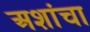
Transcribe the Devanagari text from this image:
अशांचा